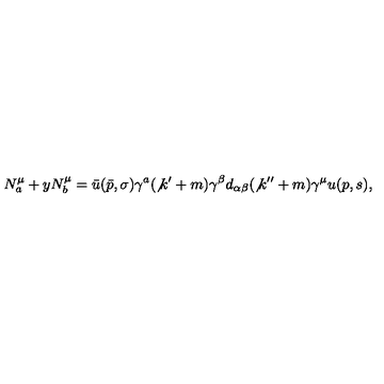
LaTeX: N _ { a } ^ { \mu } + y N _ { b } ^ { \mu } = \bar { u } ( \bar { p } , \sigma ) \gamma ^ { a } ( \not { k } ^ { \prime } + m ) \gamma ^ { \beta } d _ { \alpha \beta } ( \not { k } ^ { \prime \prime } + m ) \gamma ^ { \mu } u ( p , s ) ,